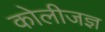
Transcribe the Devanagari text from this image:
कोलीजज्ञ